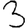
Digit: 3